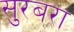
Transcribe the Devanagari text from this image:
सुरबरा